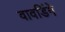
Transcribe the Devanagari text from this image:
वावडिंगे